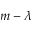
m - \lambda